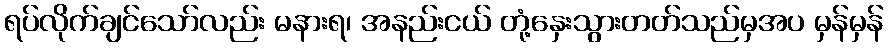
ရပ်လိုက်ချင်သော်လည်း မနားရ၊ အနည်းငယ် တုံ့နှေးသွားတတ်သည်မှအပ မှန်မှန်